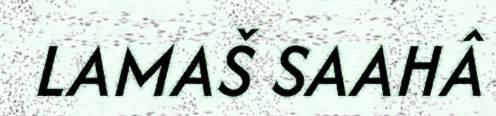
LAMAŠ SAAHÂ